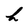
Character: h